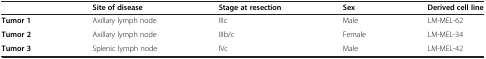
|  | Site of disease | Stage at resection | Sex | Derived cell line |
 | --- | --- | --- | --- | --- |
 | Tumor 1 | Axillary lymph node | IIIc | Male | LM-MEL-62 |
 | Tumor 2 | Axillary lymph node | IIIb/c | Female | LM-MEL-34 |
 | Tumor 3 | Splenic lymph node | IVc | Male | LM-MEL-42 |